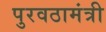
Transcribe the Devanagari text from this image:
पुरवठामंत्री